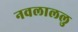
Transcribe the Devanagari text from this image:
नवलाललु